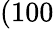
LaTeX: (100